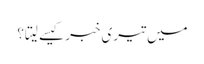
میں تیری خبر کیسے لیتا؟